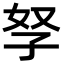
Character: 孥